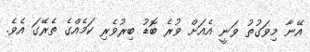
އޭނާ މިވަގުތު ވަނީ އެއަށް ވުރެ ބޮޑު ބިރުވެރި ކަމެއްގެ ތެރޭގަ އެވެ.